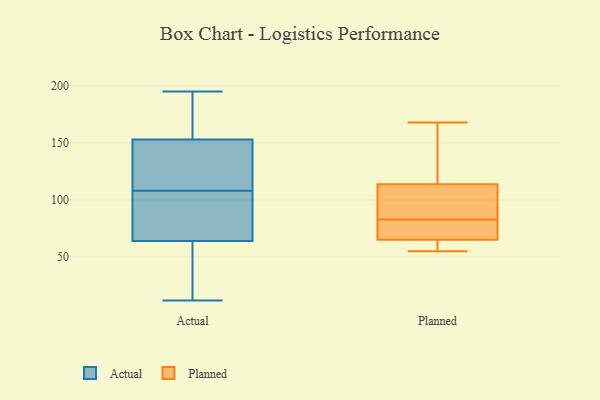
{"axis": {"x": "LTV (USD)", "y": "Value"}, "legend": ["Actual", "Planned"], "data": [{"x": "", "y": 12, "type": "Actual"}, {"x": "", "y": 50, "type": "Actual"}, {"x": "", "y": 162, "type": "Actual"}, {"x": "", "y": 150, "type": "Actual"}, {"x": "", "y": 150, "type": "Actual"}, {"x": "", "y": 78, "type": "Actual"}, {"x": "", "y": 195, "type": "Actual"}, {"x": "", "y": 73, "type": "Actual"}, {"x": "", "y": 62, "type": "Actual"}, {"x": "", "y": 118, "type": "Actual"}, {"x": "", "y": 128, "type": "Actual"}, {"x": "", "y": 195, "type": "Actual"}, {"x": "", "y": 98, "type": "Actual"}, {"x": "", "y": 37, "type": "Actual"}, {"x": "", "y": 55, "type": "Actual"}, {"x": "", "y": 195, "type": "Actual"}, {"x": "", "y": 149, "type": "Actual"}, {"x": "", "y": 156, "type": "Actual"}, {"x": "", "y": 66, "type": "Actual"}, {"x": "", "y": 86, "type": "Actual"}, {"x": "", "y": 135, "type": "Planned"}, {"x": "", "y": 59, "type": "Planned"}, {"x": "", "y": 86, "type": "Planned"}, {"x": "", "y": 55, "type": "Planned"}, {"x": "", "y": 83, "type": "Planned"}, {"x": "", "y": 120, "type": "Planned"}, {"x": "", "y": 80, "type": "Planned"}, {"x": "", "y": 78, "type": "Planned"}, {"x": "", "y": 61, "type": "Planned"}, {"x": "", "y": 95, "type": "Planned"}, {"x": "", "y": 168, "type": "Planned"}]}